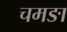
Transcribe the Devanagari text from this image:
चमङा